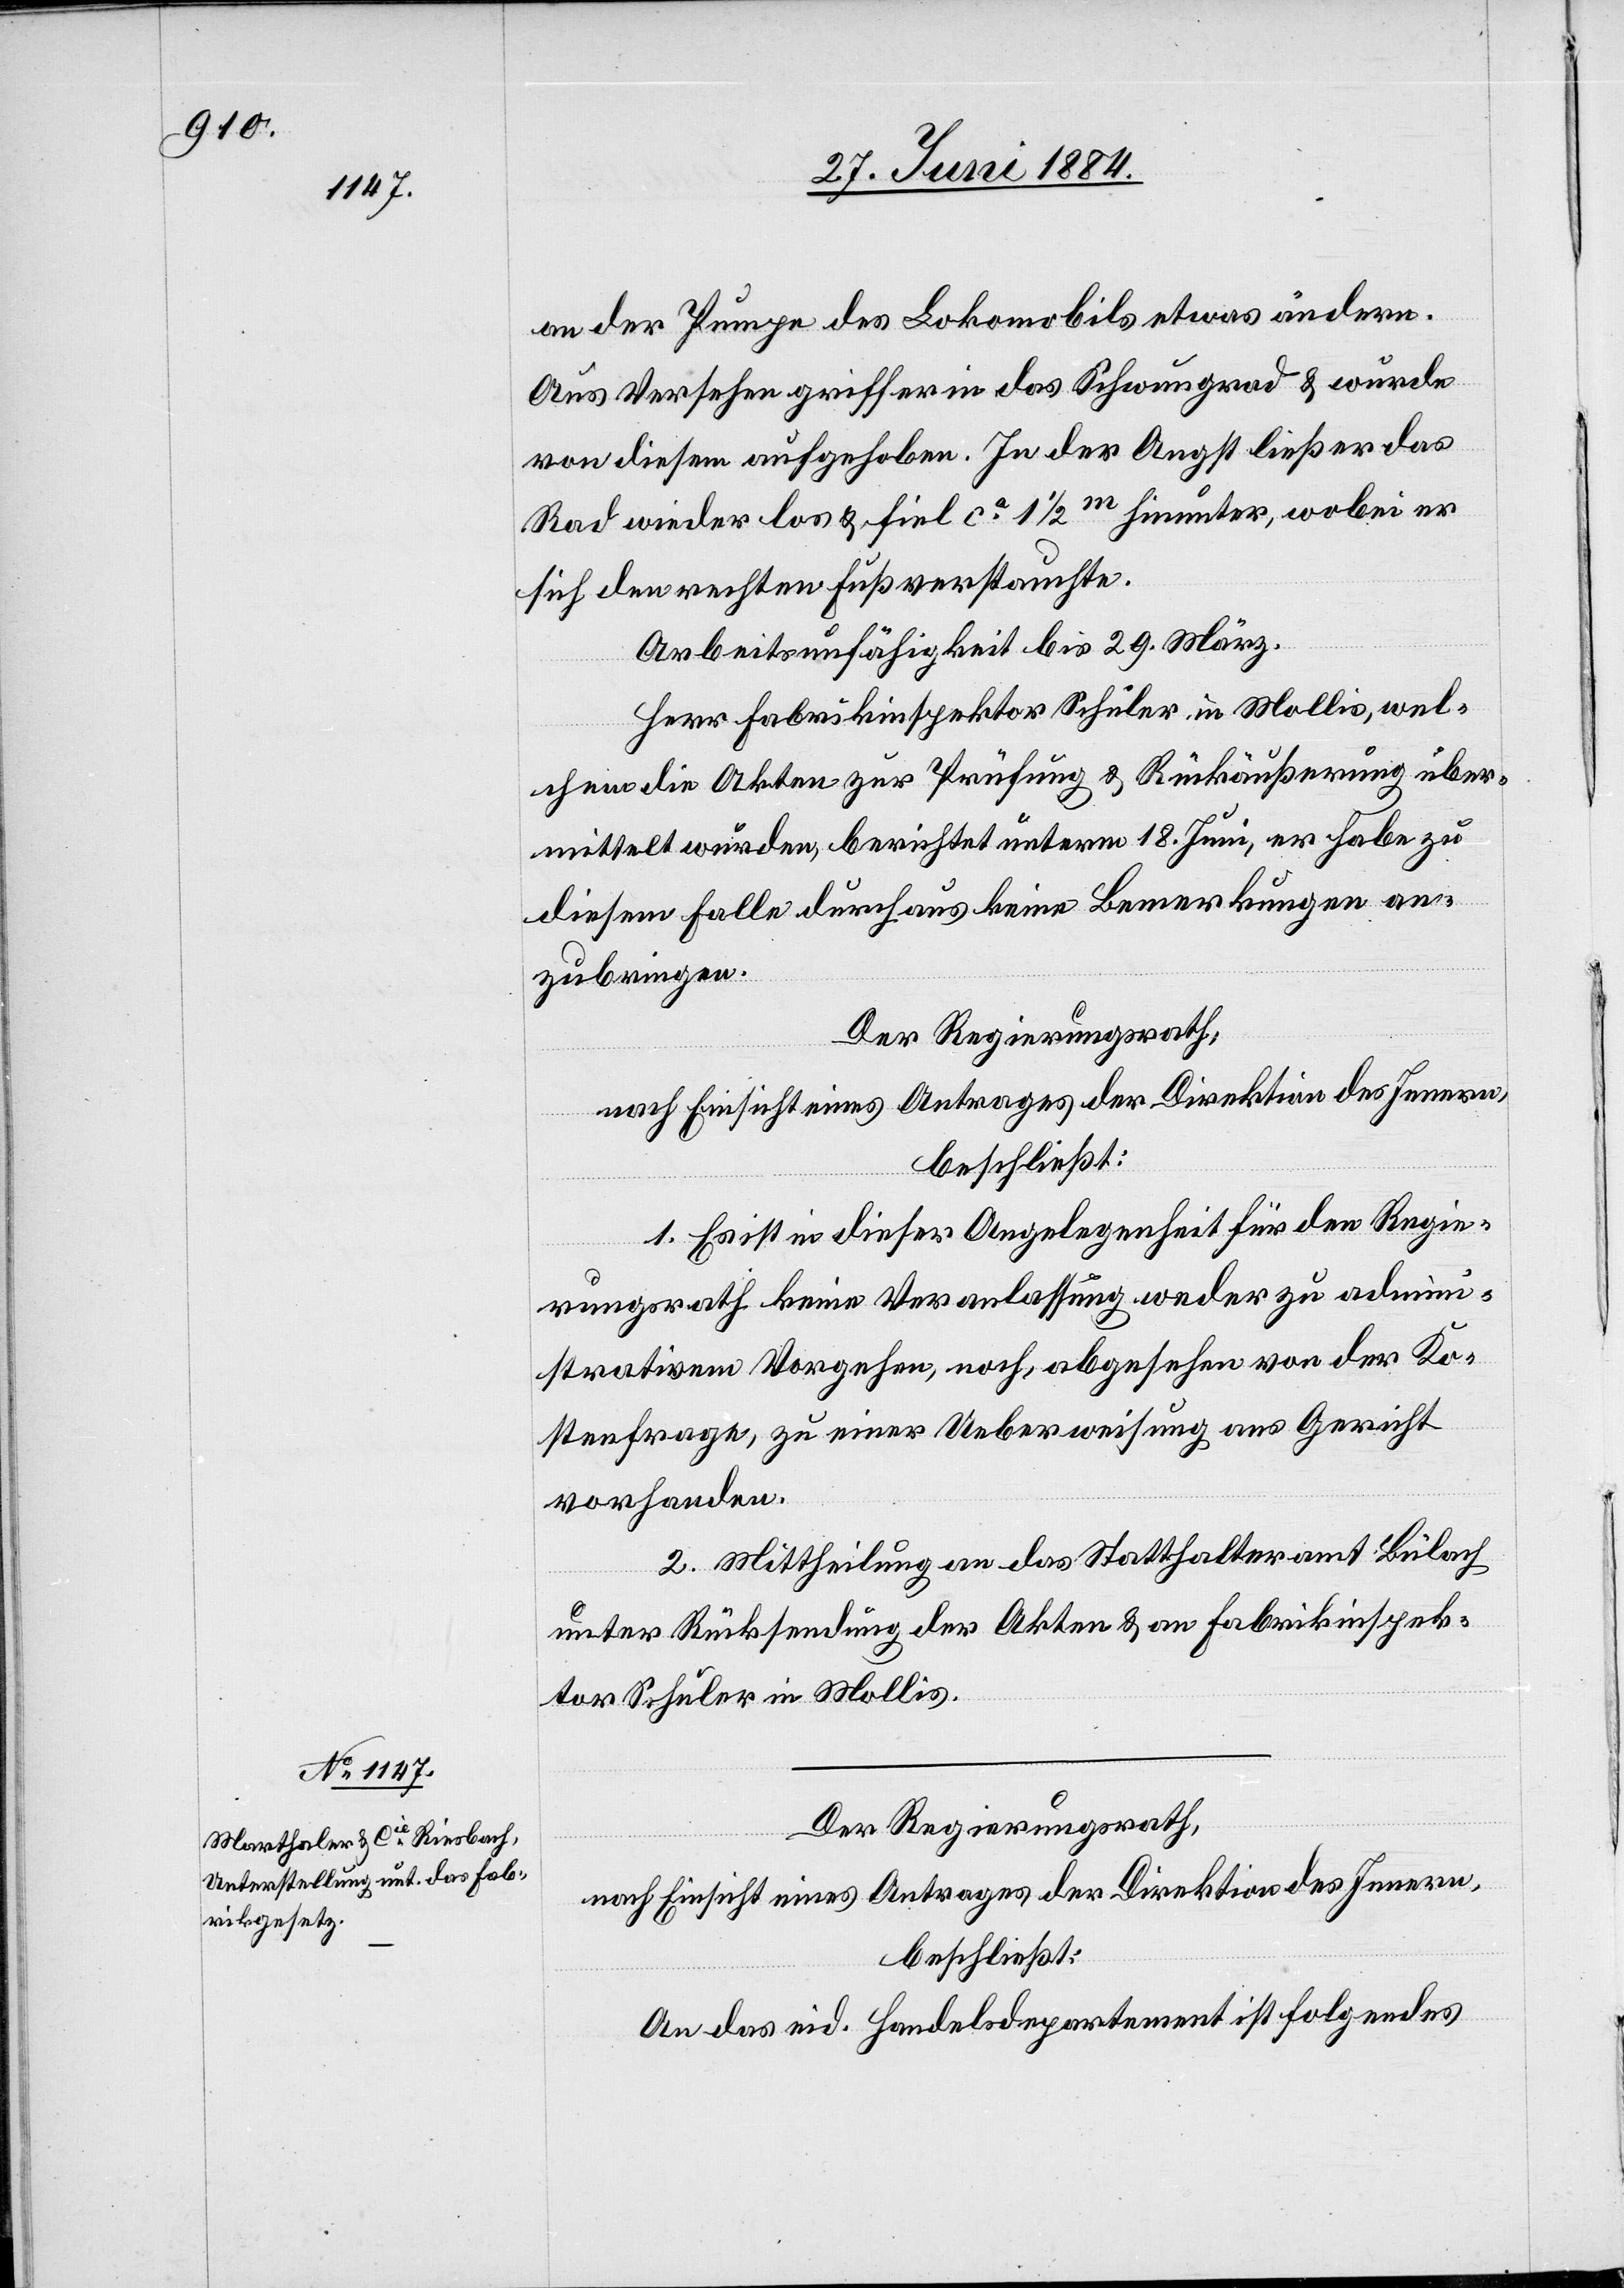
an der Pumpe des Lokomobils etwas ändern.
Aus Versehen griff er in das Schwungrad & wurde
von diesem aufgehoben. In der Angst ließ er das
Rad wieder los & fiel ca 1 1/2 m hinunter, wobei er
sich den rechten Fuß verstauchte.
Arbeitsunfähigkeit bis 29. März.
Herr Fabrikinspektor Schuler, in Mollis, wel¬
chem die Akten zur Prüfung & Rückäußerung über¬
mittelt wurden, berichtet unterm 18. Juni, er habe zu
diesem Falle durchaus keine Bemerkungen an¬
zubringen.
Der Regierungsrath,
nach Einsicht eines Antrages der Direktion des Innern,
beschließt:
1. Es ist in dieser Angelegenheit für den Regie¬
rungsrath keine Veranlassung weder zu admini¬
strativem Vorgehen, noch, abgesehen von der Ko¬
stenfrage, zu einer Ueberweisung ans Gericht
vorhanden.
2. Mittheilung an das Statthalteramt Bülach
unter Rücksendung der Akten & an Fabrikinspek¬
tor Schuler in Mollis.
Der Regierungsrath,
nach Einsicht eines Antrages der Direktion des Innern,
beschließt:
An das eid. Handelsdepartement ist folgendes